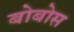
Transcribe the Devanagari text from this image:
बोबोस